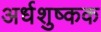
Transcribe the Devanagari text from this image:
अर्धशुष्कक